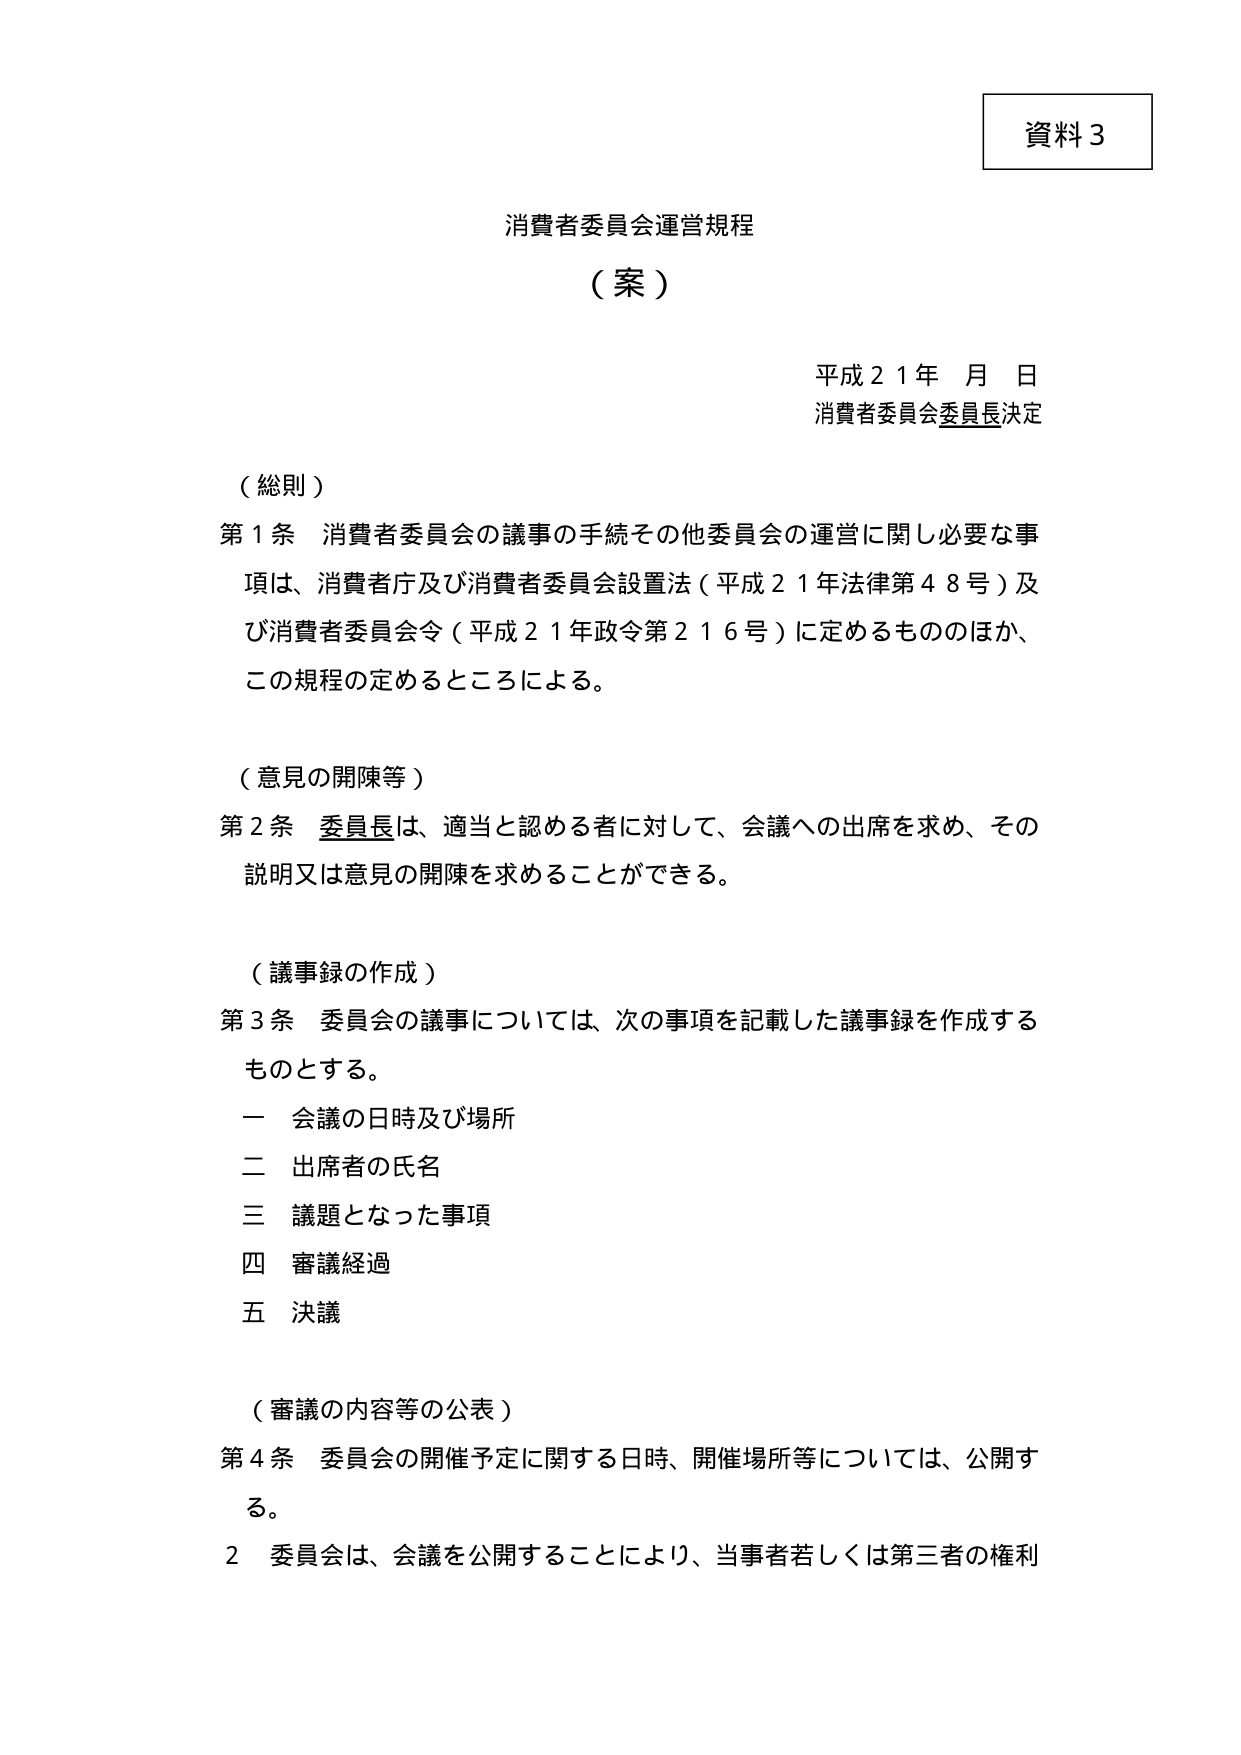
資料３

消費者委員会運営規程
（案）

平成２１年　月　日
消費者委員会委員長決定

（総則）
第１条　消費者委員会の議事の手続その他委員会の運営に関し必要な事項は、消費者庁及び消費者委員会設置法（平成２１年法律第４８号）及び消費者委員会令（平成２１年政令第２１６号）に定めるもののほか、この規程の定めるところによる。

（意見の開陳等）
第２条　委員長は、適当と認める者に対して、会議への出席を求め、その説明又は意見の開陳を求めることができる。

（議事録の作成）
第３条　委員会の議事については、次の事項を記載した議事録を作成するものとする。
　一　会議の日時及び場所
　二　出席者の氏名
　三　議題となった事項
　四　審議経過
　五　決議

（審議の内容等の公表）
第４条　委員会の開催予定に関する日時、開催場所等については、公開する。
　２　委員会は、会議を公開することにより、当事者若しくは第三者の権利